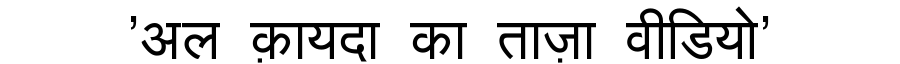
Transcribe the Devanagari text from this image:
'अल क़ायदा का ताज़ा वीडियो'